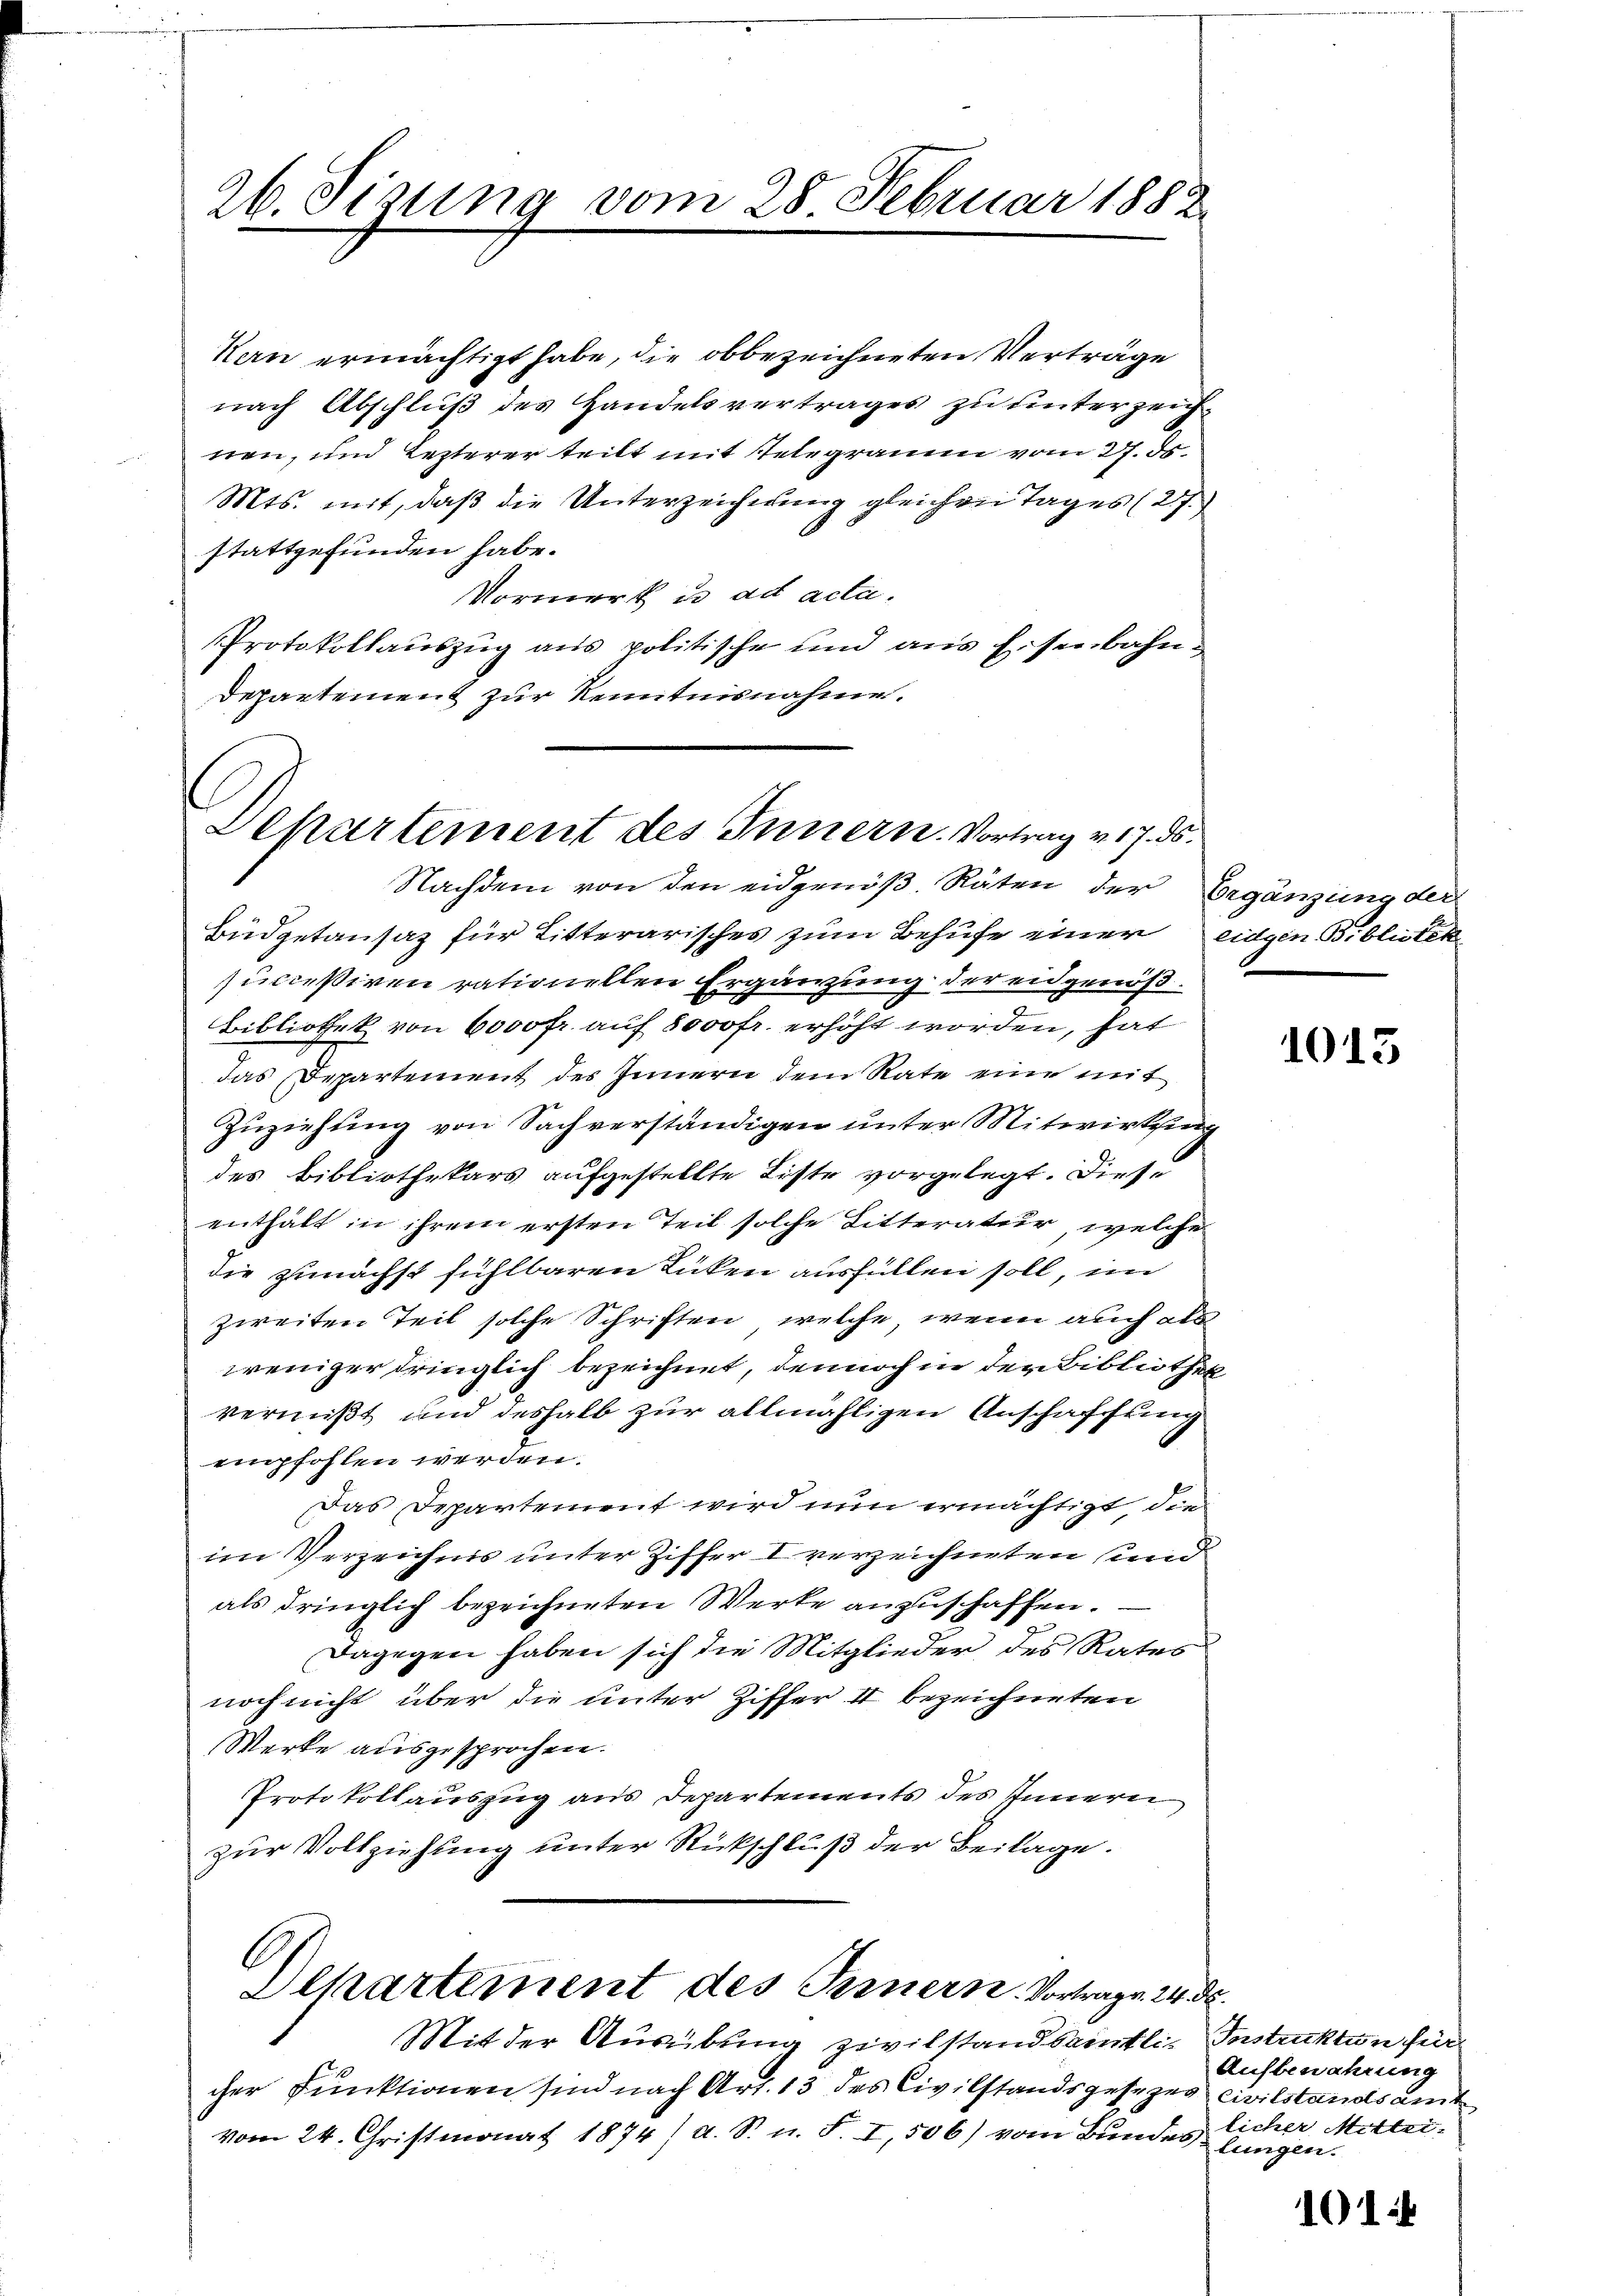
26. Sizung vom 28. Februar 1882

Kern ermächtigt habe, die obbezeichneten Verträge
nach Abschluß des Handelsvertrages zu unterzeichnen, und lezterer teilt mit Relegramm vom 27. ds.
Mts. mit, daß die Unterzeichnung gleichen Tages (27.
stattgefunden habe.
Vormerk in ad acta.
Protokollauszug aus politische und aus Eisenbahn¬
Departement zur Kenntnisnahme.

Departement des Innern. Vortrag v. 17. ds.
Nachdem von den eidgenöß. Räten der Ergänzung der

Büdgetansaz für Litterarisches zum Behufe einer eidgen Biblioteke
succeßiven rationellen Ergänzung der eidgenöß¬
2
Bibliothek von 6000 fr. auf 8000fr. erhöht worden, hat
das Departement des Innern dem Rate eine mit
Zuziehung von Sachverständigen unter Mitwirkung
des Bibliothekars aufgestellte Liste vorgelegt. Diese
enthält in ihrem ersten Teil solche Litteratur, welche
die zunächst fühlbaren Rüken ausfüllen soll, im
zweiten Teil solche Schriften, welche, wenn auch als
weniger dringlich bezeichnet, dennoch in der Bibliothek
vermißt und deshalb zur allmähligen Anschaffung
empfohlen werden.
Das Departement wird nun ermächtigt, die
im Verzeichne unter Ziffer I verzeichneten und
als dringlich bezeichneten Werke anzuschaffen.
Dagegen haben sich die Mitglieder des Rates
noch nicht über die unter Ziffer II bezeichneten
Werke ausgesprochen.
Protokollauszug aus Departements des Innern
zur Vollziehung unter Rückschluß der Beilage.

Departement des Innern Vortrage 24. d.

Mit der Ausübung zivilstandsamtlicher Funktionen sind nach Art. 13 des Civilstandsgesezes civilstandsamt
vom 24. Christmonat 1874 / a. S. u. S. I, 506) vom Bundes licher Mittei-

1015

Instruktion für
Aufbewahrung
lungen.

101.